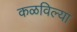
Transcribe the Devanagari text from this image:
कळविल्या